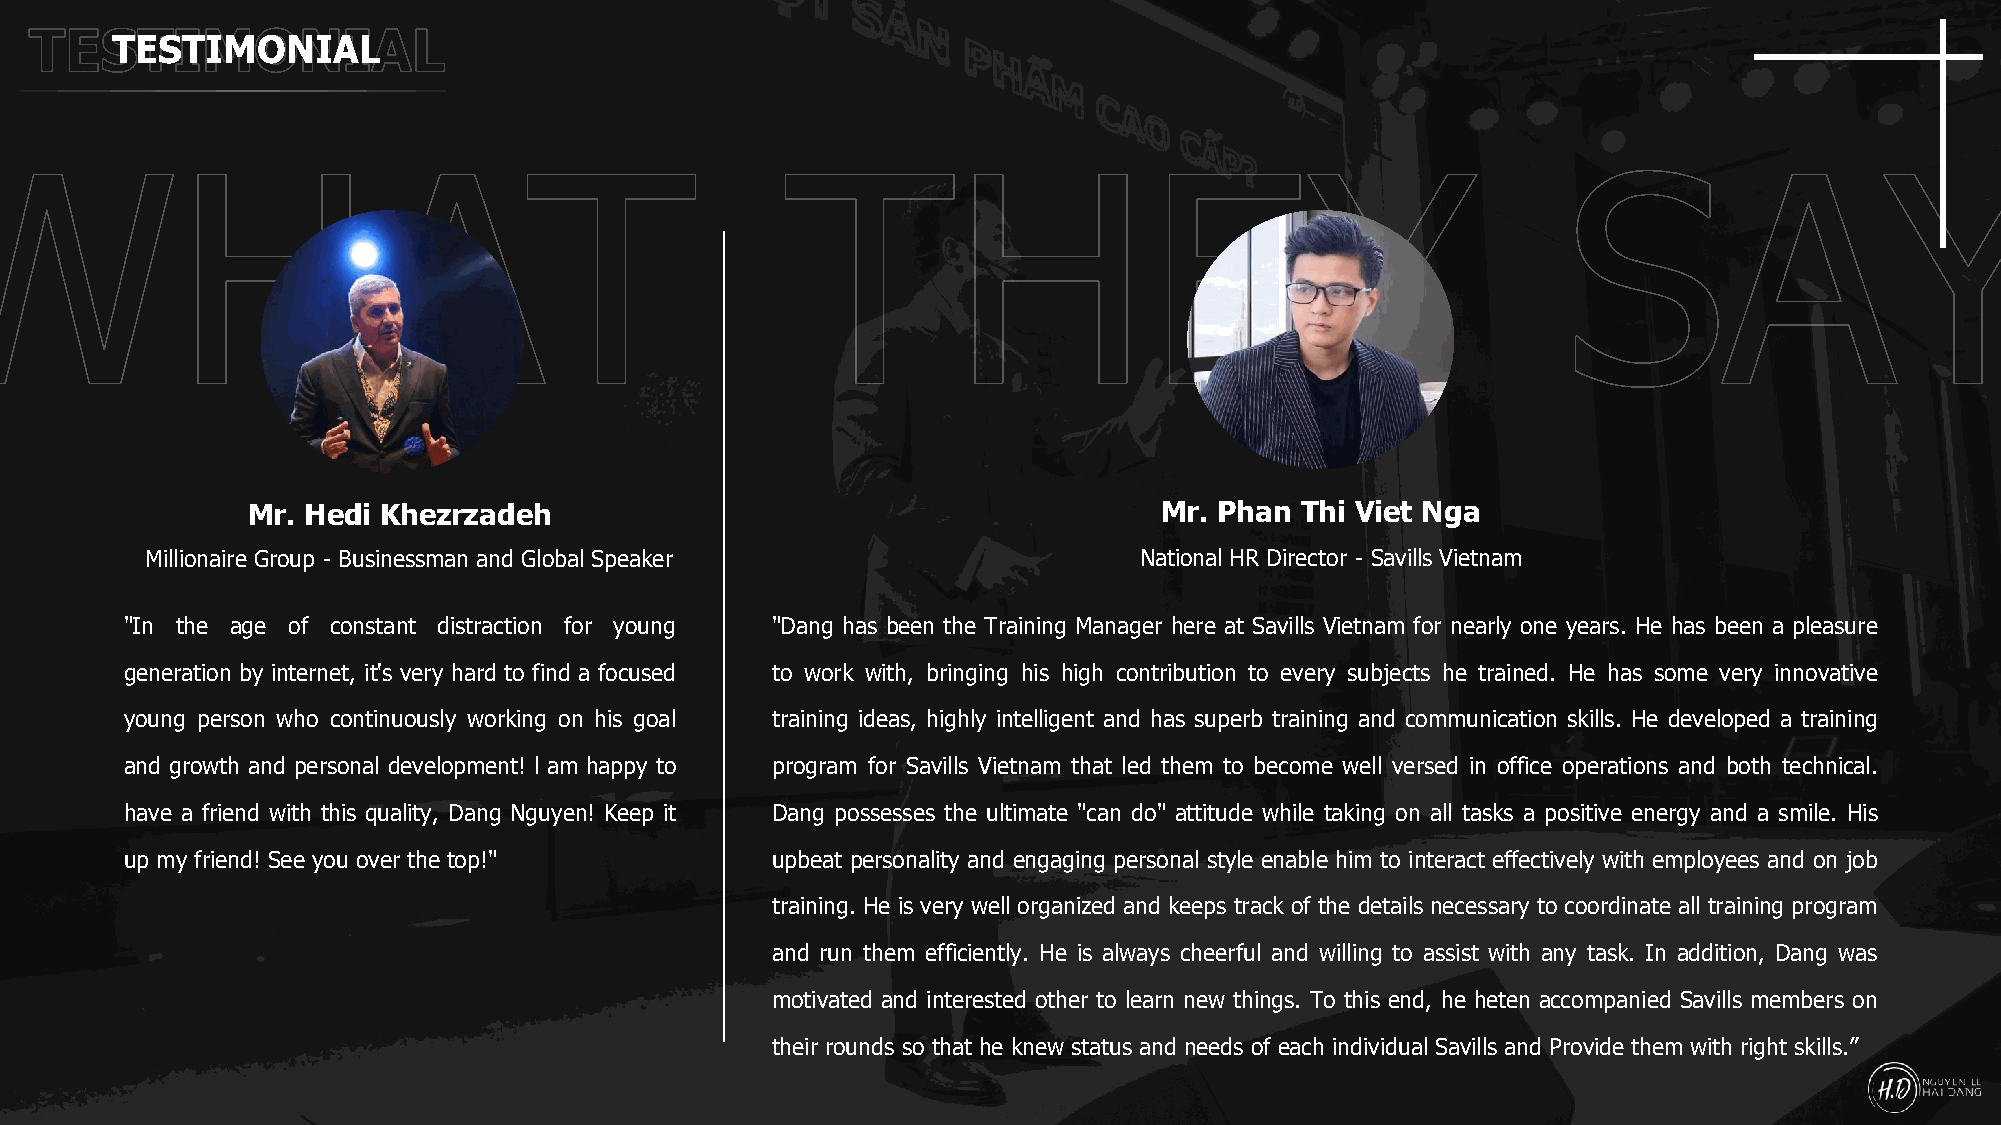
TESTIMONIAL
 Mr. Hedi Khezrzadeh                                          Mr. Phan Thi Viet Nga
 Millionaire Group - Businessman and Global Speaker               National HR Director - Savills Vietnam
 "In the age of constant distraction for young "Dang has been the Training Manager here at Savills Vietnam for nearly one years. He has been a pleasure
 generation by internet, it's very hard to find a focused to work with, bringing his high contribution to every subjects he trained. He has some very innovative
 young person who continuously working on his goal training ideas, highly intelligent and has superb training and communication skills. He developed a training
 and growth and personal development! l am happy to program for Savills Vietnam that led them to become well versed in office operations and both technical.
 have a friend with this quality, Dang Nguyen! Keep it Dang possesses the ultimate "can do" attitude while taking on all tasks a positive energy and a smile. His
 up my friend! See you over the top!"       upbeat personality and engaging personal style enable him to interact effectively with employees and on job
 training. He is very well organized and keeps track of the details necessary to coordinate all training program
 and run them efficiently. He is always cheerful and willing to assist with any task. In addition, Dang was
 motivated and interested other to learn new things. To this end, he heten accompanied Savills members on
 their rounds so that he knew status and needs of each individual Savills and Provide them with right skills.”